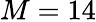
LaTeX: M=14